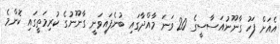
އެއަށް ފަހު ގާނޫނުއަސާސީގެ 20 ވަނަ މާއްދާގައި ބުނެފައިވަނީ ގާނޫނުގެ ކުރިމަތީގައި ކޮންމެ